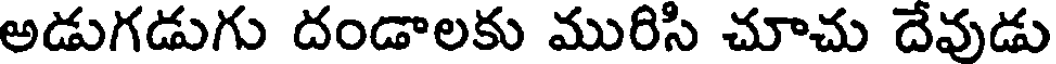
అడుగడుగు దండాలకు మురిసి చూచు దేవుడు